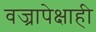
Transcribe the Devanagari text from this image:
वज्रापेक्षाही